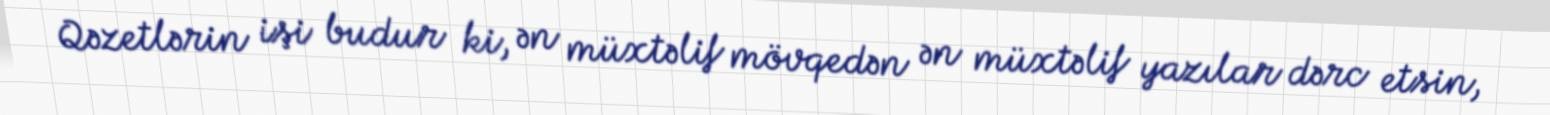
Qəzetlərin işi budur ki, ən müxtəlif mövqedən ən müxtəlif yazılar dərc etsin,